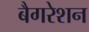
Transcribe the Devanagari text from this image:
बैगरेशन